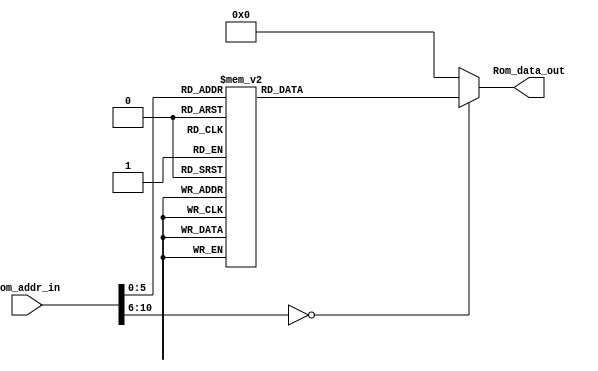
module Program_Rom(Rom_data_out, Rom_addr_in);

//---------
    output [13:0] Rom_data_out;
    input [10:0] Rom_addr_in; 
//---------
    
    reg   [13:0] data;
    wire  [13:0] Rom_data_out;
    
    always @(Rom_addr_in)
        begin
            case (Rom_addr_in)
                10'h0 : data = 14'h01A1;
                10'h1 : data = 14'h01A2;
                10'h2 : data = 14'h01A3;
                10'h3 : data = 14'h01A4;
                10'h4 : data = 14'h3018;
                10'h5 : data = 14'h00A5;
                10'h6 : data = 14'h300A;
                10'h7 : data = 14'h00A6;
                10'h8 : data = 14'h3006;
                10'h9 : data = 14'h00A7;
                10'ha : data = 14'h01A4;
                10'hb : data = 14'h300A;
                10'hc : data = 14'h00A8;
                10'hd : data = 14'h0824;
                10'he : data = 14'h00A2;
                10'hf : data = 14'h0823;
                10'h10 : data = 14'h00A1;
                10'h11 : data = 14'h0AA4;
                10'h12 : data = 14'h0BA8;
                10'h13 : data = 14'h33F9;
                10'h14 : data = 14'h0EA4;
                10'h15 : data = 14'h0AA4;
                10'h16 : data = 14'h0EA4;
                10'h17 : data = 14'h30F0;
                10'h18 : data = 14'h05A4;
                10'h19 : data = 14'h0BA7;
                10'h1a : data = 14'h33F0;
                10'h1b : data = 14'h0AA3;
                10'h1c : data = 14'h0BA5;
                10'h1d : data = 14'h3201;
                10'h1e : data = 14'h33E3;
                10'h1f : data = 14'h01A4;
                10'h20 : data = 14'h0BA6;
                10'h21 : data = 14'h33E6;
                10'h22 : data = 14'h0EA3;
                10'h23 : data = 14'h0AA3;
                10'h24 : data = 14'h0EA3;
                10'h25 : data = 14'h30F0;
                10'h26 : data = 14'h05A3;
                10'h27 : data = 14'h0823;
                10'h28 : data = 14'h00A1;
                10'h29 : data = 14'h33DC;
                default: data = 14'h0;   
            endcase
        end

     assign Rom_data_out = data;

endmodule